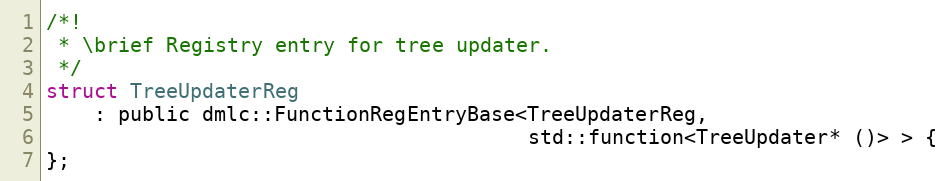
Language: C
/*!
 * \brief Registry entry for tree updater.
 */
struct TreeUpdaterReg
    : public dmlc::FunctionRegEntryBase<TreeUpdaterReg,
                                        std::function<TreeUpdater* ()> > {
};